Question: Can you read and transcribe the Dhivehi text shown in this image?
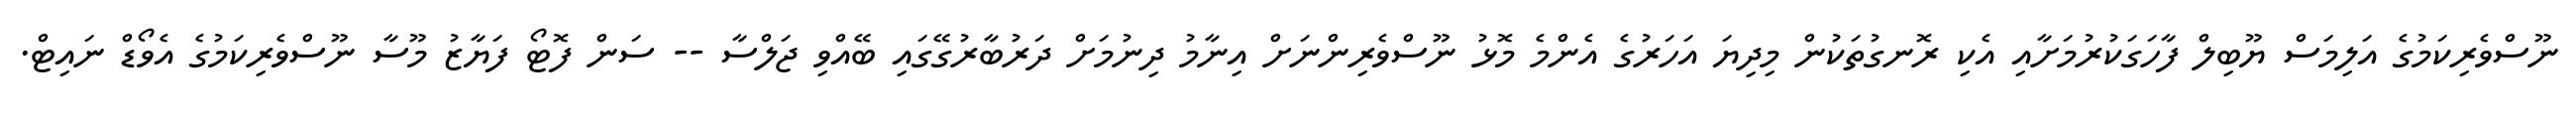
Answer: ނޫސްވެރިކަމުގެ އަލިމަސް ޔޫބިލް ފާހަގަކުރުމަށާއި އެކި ރޮނގުތަކުން މިދިޔަ އަހަރުގެ އެންމެ މޮޅު ނޫސްވެރިންނަށް އިނާމު ދިނުމަށް ދަރުބާރުގޭގައި ބޭއްވި ޖަލްސާ -- ސަން ފޮޓޯ ފަޔާޒު މޫސާ ނޫސްވެރިކަމުގެ އެވޯޑް ނައިޓް.